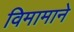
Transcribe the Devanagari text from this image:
विमामाने